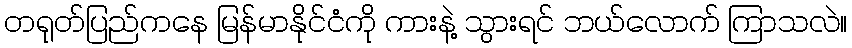
တရုတ်ပြည်ကနေ မြန်မာနိုင်ငံကို ကားနဲ့ သွားရင် ဘယ်လောက် ကြာသလဲ။